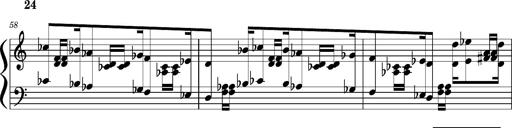
Title: Concerto sans orchestre, S.524a
Composer: Franz Liszt
Key: A major